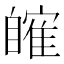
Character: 𦤤